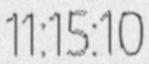
11:15:10